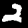
Label: 2